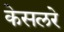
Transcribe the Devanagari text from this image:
केसलरे